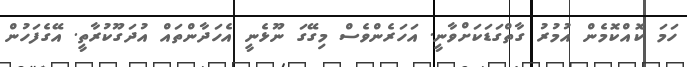
ހަމަ ކޮއްކޮމެން އުމުރު ގާތްގަޑަކަށްވާނީ. އަހަރެންވެސް މިގޭގަ ނޫޅެނީ އެހަދާންތައް އުދަގޫކުރާތީ. އޭގެފަހުން